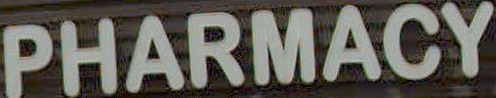
PHARMACY